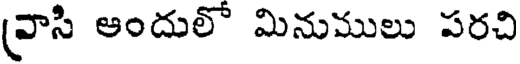
(వాసి ఆందులో మినుములు పరచి